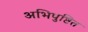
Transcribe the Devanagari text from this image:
अभिपुष्टित